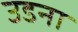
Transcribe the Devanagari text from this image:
उडना